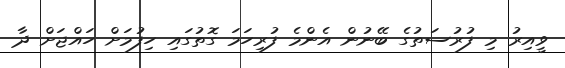
ވީއިރު މި ފުރުސަތުގެ ބޭނުން އެންމެ ފުރިހަމަ ގޮތުގައި ހިފުމަށް ހައްޖަށް ދާ